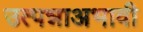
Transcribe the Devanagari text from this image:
उत्पन्नाअभावी